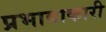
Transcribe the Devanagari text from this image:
प्रभावाकारी